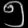
Digit: ၅